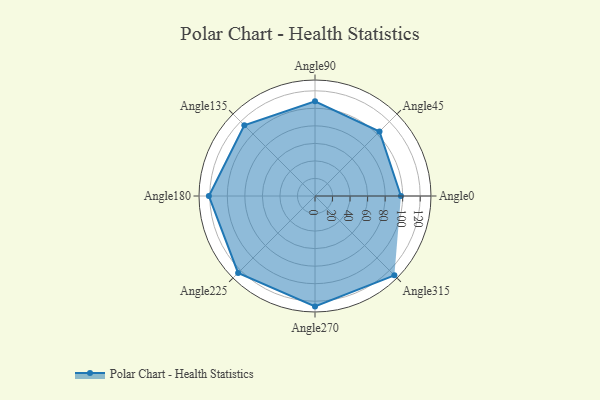
{"axis": {"x": "Angle", "y": "Radius"}, "legend": [""], "data": [{"x": "Angle0", "y": 98.0, "type": ""}, {"x": "Angle45", "y": 104.0, "type": ""}, {"x": "Angle90", "y": 108.0, "type": ""}, {"x": "Angle135", "y": 114.0, "type": ""}, {"x": "Angle180", "y": 121.0, "type": ""}, {"x": "Angle225", "y": 124.0, "type": ""}, {"x": "Angle270", "y": 126.0, "type": ""}, {"x": "Angle315", "y": 128.0, "type": ""}]}